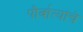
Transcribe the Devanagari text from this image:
पौर्वात्यांचे